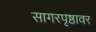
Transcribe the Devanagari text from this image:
सागरपृष्ठावर